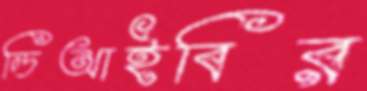
ডিআইবির